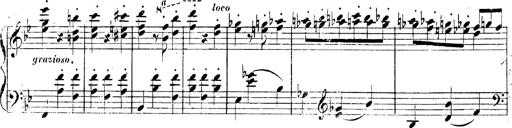
Title: 3 Caprices-Valses
Composer: Franz Liszt